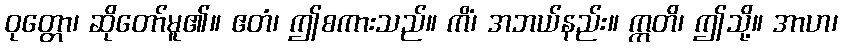
ဝုတ္တော၊ ဆိုတော်မူ၏။ ဧတံ၊ ဤစကားသည်။ ကိံ၊ အဘယ်နည်း။ ဣတိ၊ ဤသို့။ အာဟ၊